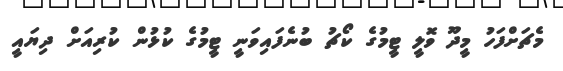
މެޗަށްފަހު މީދޫ ވޮލީ ޓީމުގެ ކޯޗު ބުނެފައިވަނީ ޓީމުގެ ކުޅުން ކުރިއަށް ދިޔައީ